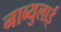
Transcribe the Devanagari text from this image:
नाब्युलाई